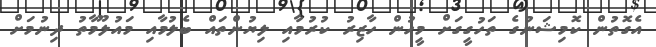
އެގޮތުން ކޮމިޝަނުގެ ތަހުގީގަށް މީހުން ހާޒިރު ކުރުމާއި ލިޔުންތައް ބެލުމާއި މައުލޫމާތު ދިނުމަށް